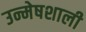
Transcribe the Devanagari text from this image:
उन्मेषशाली